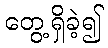
တွေ့ရှိခဲ့၍